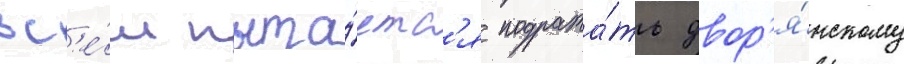
вс'е́м пыта́етс'я подража́ть двор'я́нскому